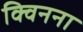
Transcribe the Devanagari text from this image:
क्विनना